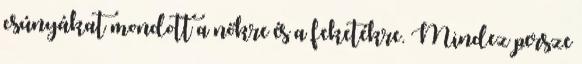
csúnyákat mondott a nőkre és a feketékre. Mindez persze